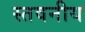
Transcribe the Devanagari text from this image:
स्तवनीय